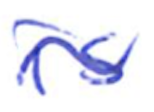
Text: is
Cross-out: wave
Writing tool: ballpoint